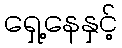
ရှေ့နေနှင့်